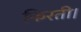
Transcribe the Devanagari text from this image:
फिरती।